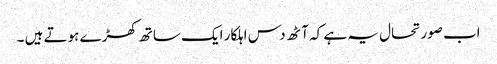
اب صورتحال یہ ہے کہ آٹھ دس اہلکار ایک ساتھ کھڑے ہوتے ہیں ۔